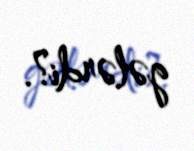
gələrdi?.